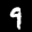
Label: 9